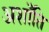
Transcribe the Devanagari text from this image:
अशाँति